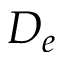
D _ { e }